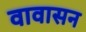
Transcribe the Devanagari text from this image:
वावासन